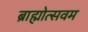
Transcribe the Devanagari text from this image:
ब्राह्मोत्सवम